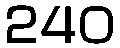
240